Insane asylums in Bengal annual reports 1867-1875 - 1867-1875
Year: 1867
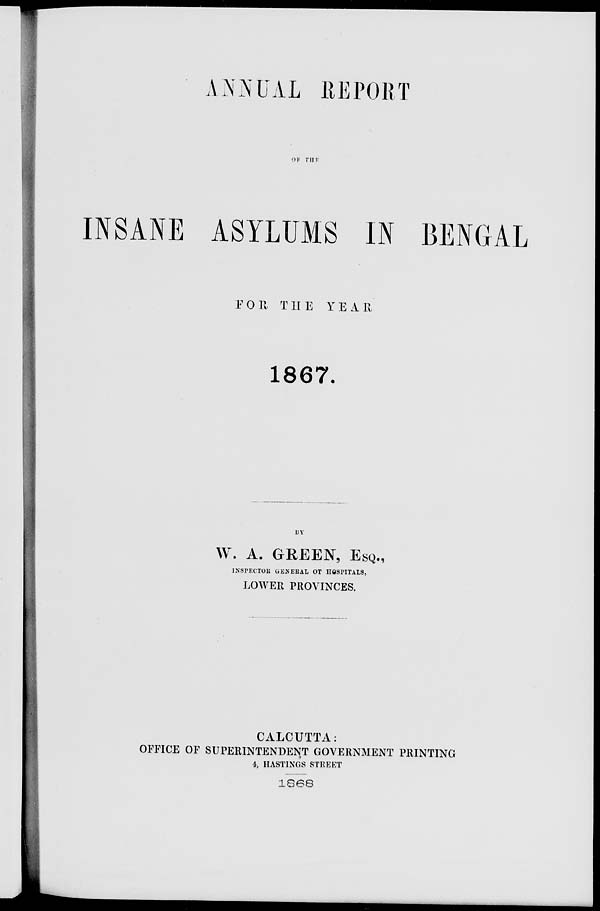
ANNUAL REPORT
OF THE
INSANE ASYLUMS IN BENGAL
FOR THE
YEAR
1867.
BY
W. A. GREEN, ESQ.,
INSPECTOR GENERAL OF HOSPITALS,
LOWER PROVINCES.
CALCUTTA:
OFFICE OF SUPERINTENDENT GOVERNMENT PRINTING
4, HASTINGS STREET
1868